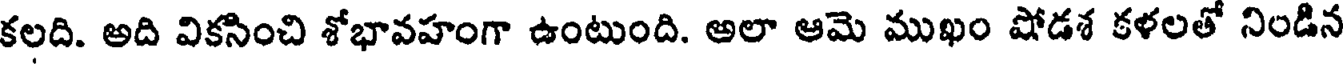
కలది. అది వికసించి శోభావహంగా ఉంటుంది. అలా ఆమె ముఖం షోడశ కళలతో నిండిన